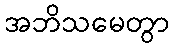
အဘိသမေတွာ